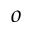
o